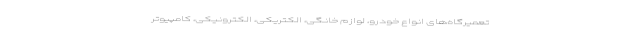
تعمیرگاه‌های انواع خودرو، لوازم خانگی، الکتریکی، الکترونیکی، کامپیوتر